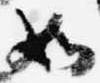
如